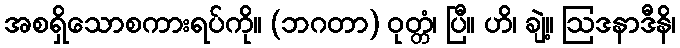
အစရှိသောစကားရပ်ကို။ (ဘဂတာ) ဝုတ္တံ၊ ပြီ။ ဟိ၊ ချဲ့။ ဩဒနာဒီနိ၊